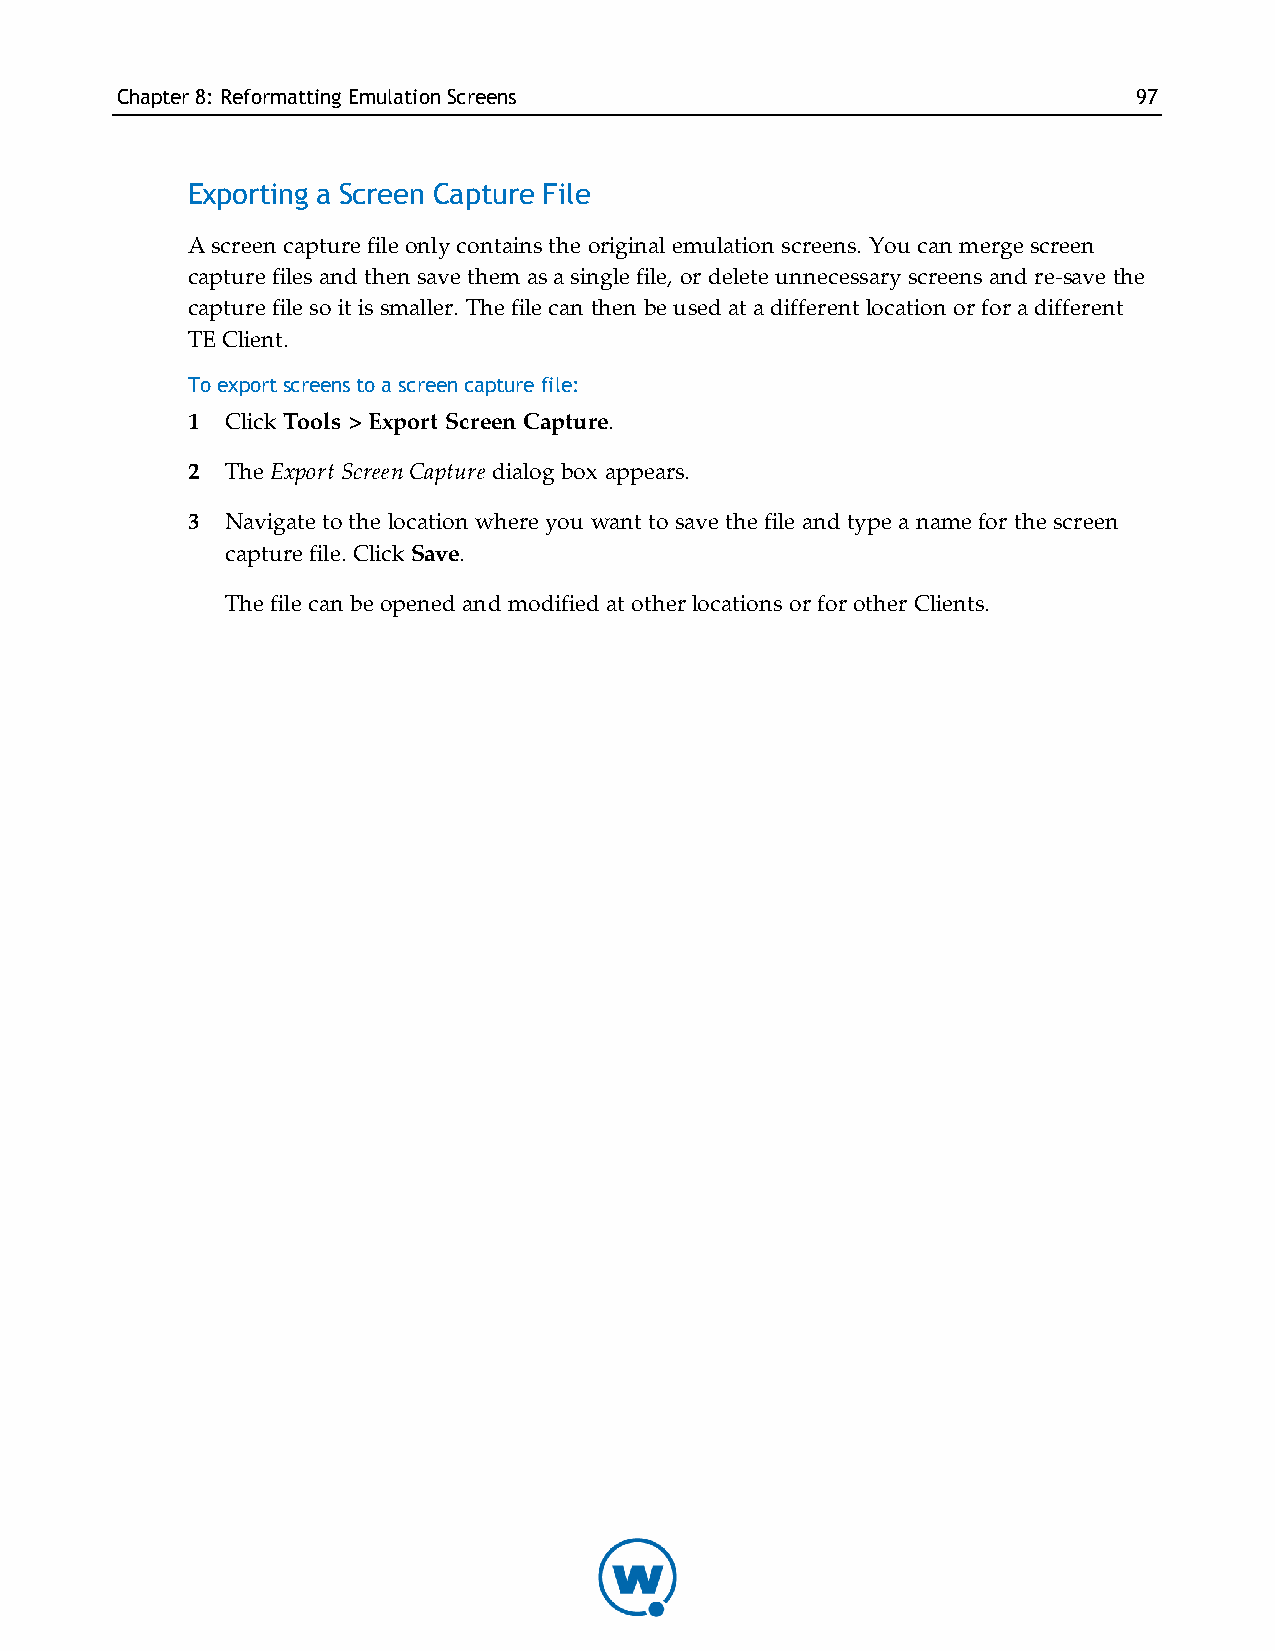
Chapter8: Reformatting EmulationScreens                            97
 Exporting a Screen Capture File
 A screen capture file only contains the original emulation screens. You can merge screen
 capture files and then save them as a single file, or delete unnecessary screens and re-save the
 capture file so it is smaller. The file can then be used at a different location or for a different
 TE Client.
 To export screens to a screen capture file:
 1  Click Tools > Export Screen Capture.
 2  The Export Screen Capture dialog box appears.
 3  Navigate to the location where you want to save the file and type a name for the screen
 capture file. Click Save.
 The file can be opened and modified at other locations or for other Clients.